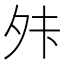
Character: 𫝣